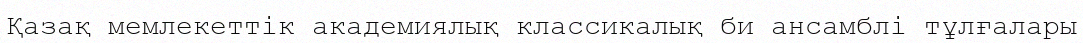
Қазақ мемлекеттік академиялық классикалық би ансамблі тұлғалары